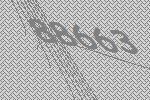
88663